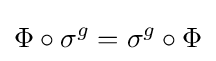
\Phi \circ \sigma ^{g}=\sigma ^{g}\circ \Phi